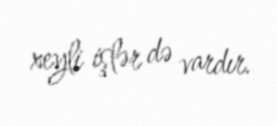
xeyli işlər də vardır.